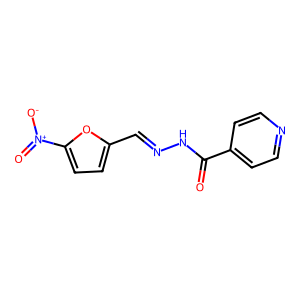
SMILES: O=C(NN=Cc1ccc([N+](=O)[O-])o1)c1ccncc1
Inhibits HIV replication: No